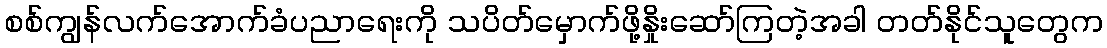
စစ်ကျွန်လက်အောက်ခံပညာရေးကို သပိတ်မှောက်ဖို့နှိုးဆော်ကြတဲ့အခါ တတ်နိုင်သူတွေက